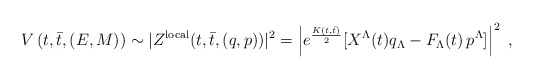
\begin{align*}V \left ( t, \bar t, (E,M) \right) \sim |Z^{\rm local} (t, \bar t, (q,p))|^2 = \left| e^{K(t, \bar t)\over 2} [X^\Lambda(t) q_\Lambda - F_\Lambda(t) \,p^\Lambda] \right|^2 \ ,\end{align*}